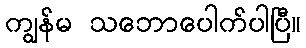
ကျွန်မ သဘောပေါက်ပါပြီ။